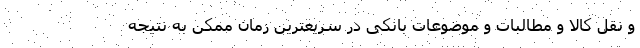
و نقل کالا و مطالبات و موضوعات بانکی در سریعترین زمان ممکن به نتیجه